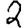
Digit: 2